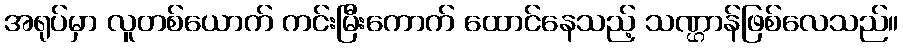
အရုပ်မှာ လူတစ်ယောက် ကင်းမြီးကောက် ထောင်နေသည့် သဏ္ဌာန်ဖြစ်လေသည်။